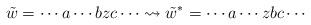
LaTeX: \begin{align*}\tilde{w} = \cdots a\cdots b z c \cdots \rightsquigarrow \tilde{w}^*=\cdots a\cdots z b c \cdots\end{align*}